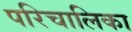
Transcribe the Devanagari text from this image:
परिचालिका